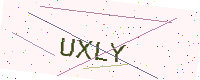
Text: UXLY